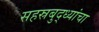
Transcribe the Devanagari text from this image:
सहस्रबुद्ध्यांचा